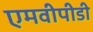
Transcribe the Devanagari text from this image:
एमवीपीडी